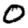
Digit: 0